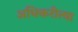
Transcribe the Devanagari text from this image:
अधिकरीत्या